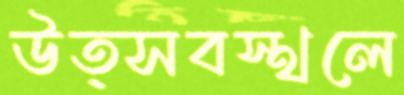
উত্সবস্থলে